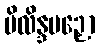
မိလိန္ဒပဉှော